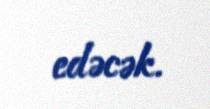
edəcək.